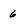
Character: 6